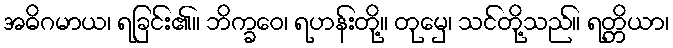
အဓိဂမာယ၊ ရခြင်း၏။ ဘိက္ခဝေ၊ ရဟန်းတို့။ တုမှေ၊ သင်တို့သည်။ ရတ္တိယာ၊